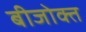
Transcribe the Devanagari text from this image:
बीजोक्त